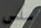
سلس